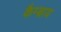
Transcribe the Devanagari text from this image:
कैम्ब्राय